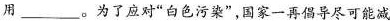
用___。为了应对”白色污染”，国家一再倡导尽可能减